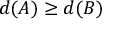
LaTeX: d ( A ) \geq d ( B )